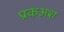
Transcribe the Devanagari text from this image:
प्रकअश